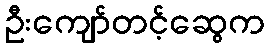
ဦးကျော်တင့်ဆွေက